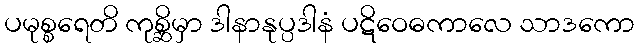
ပမုစ္စရေတိ ကုစ္ဆိမှာ ဒါနာနုပ္ပဒါနံ ပဋိဝေဓကာလေ သာဒကော